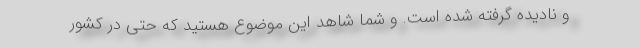
و نادیده گرفته شده است. و شما شاهد این موضوع هستید که حتی در کشور